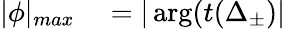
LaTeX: \begin{array}{rl}{|\phi|_{max}}&{{}=|\arg(t(\Delta_{\pm})|}\end{array}